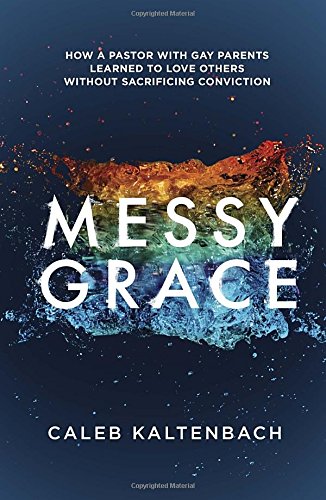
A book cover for Messy Grace: How a Pastor with Gay Parents Learned to Love Others Without Sacrificing Conviction; Caleb Kaltenbach; Christian Books & Bibles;